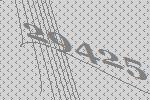
29425